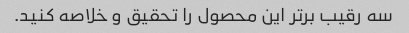
سه رقیب برتر این محصول را تحقیق و خلاصه کنید.